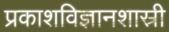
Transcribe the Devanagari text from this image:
प्रकाशविज्ञानशास्री